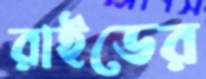
রাইডের